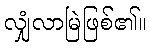
လျှံလာမြဲဖြစ်၏။